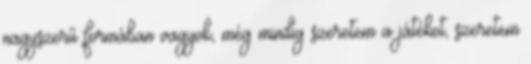
nagyszerű formában vagyok, még mindig szeretem a játékot, szeretem